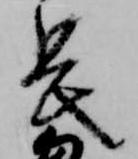
長